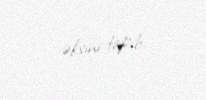
əksini tapıb.